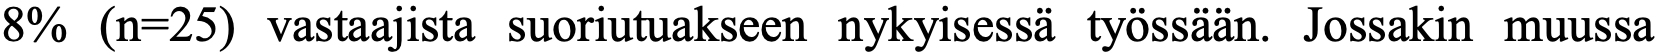
8% (n=25) vastaajista suoriutuakseen nykyisessä työssään. Jossakin muussa